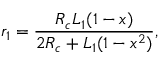
r _ { 1 } = \frac { R _ { c } L _ { 1 } ( 1 - x ) } { 2 R _ { c } + L _ { 1 } ( 1 - x ^ { 2 } ) } ,